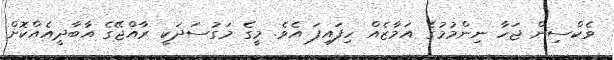
ވެކްސިން ޖަހާ ނިންމުމުގެ އަމާޒެއް ހިފައިފަ އެވެ. މީގެ މަގުސަދަކީ ރާއްޖޭގެ އާބާދީއެއްކޮށް